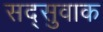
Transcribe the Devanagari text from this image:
सद्सुवाक